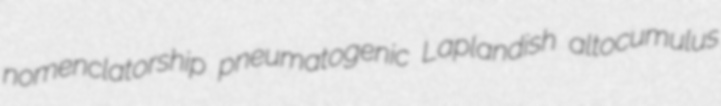
nomenclatorship pneumatogenic Laplandish altocumulus